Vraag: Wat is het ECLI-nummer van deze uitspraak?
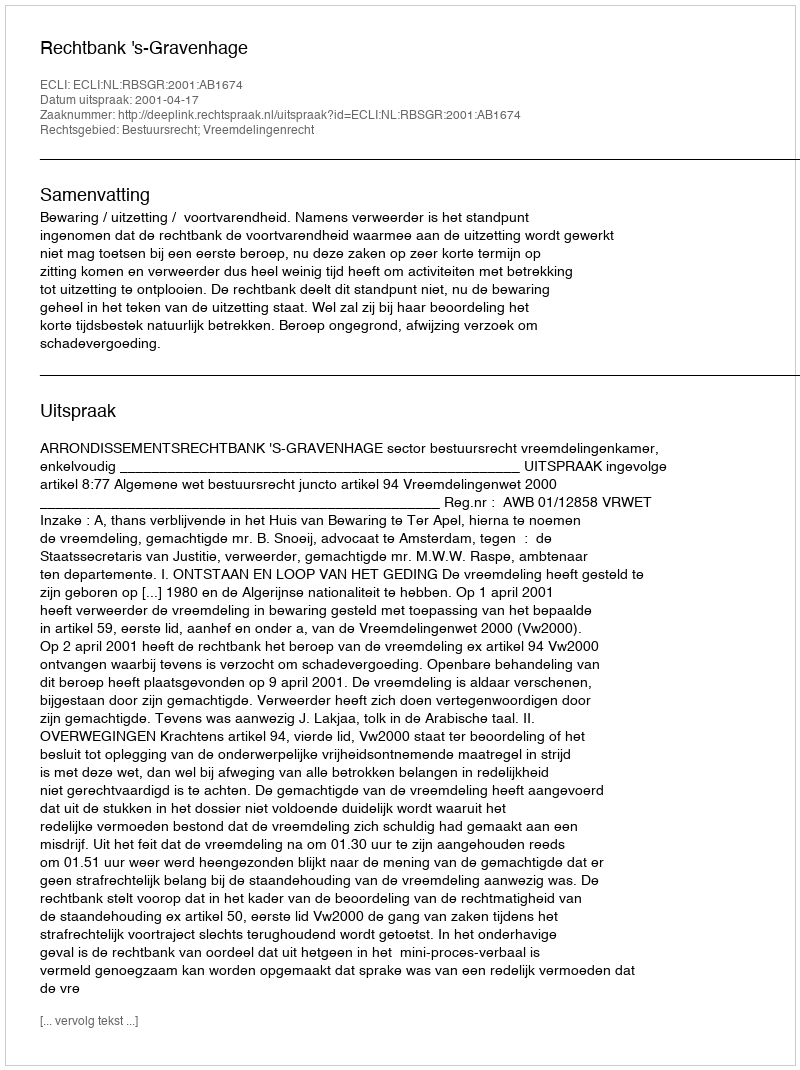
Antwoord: ECLI:NL:RBSGR:2001:AB1674